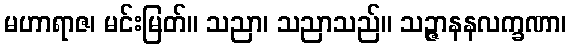
မဟာရာဇ၊ မင်းမြတ်။ သညာ၊ သညာသည်။ သဉ္ဇာနနလက္ခဏာ၊